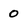
Character: 0